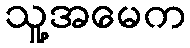
သူ့အမေက